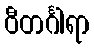
ဝီတင်္ဂါရာ